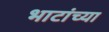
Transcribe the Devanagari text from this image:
भाटांच्या